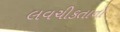
લવચીકતાનો